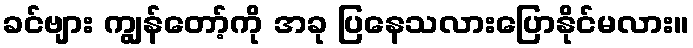
ခင်ဗျား ကျွန်တော့်ကို အခု ပြနေသလားပြောနိုင်မလား။